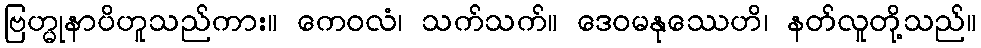
ဗြဟ္မုနာပိဟူသည်ကား။ ကေဝလံ၊ သက်သက်။ ဒေဝမနုဿေဟိ၊ နတ်လူတို့သည်။